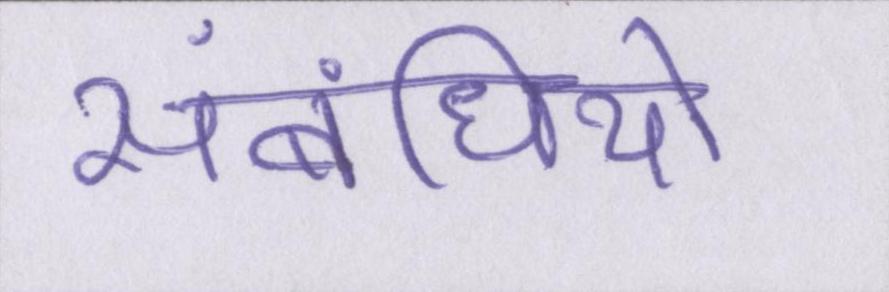
संबंधियो